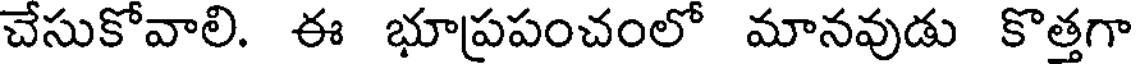
చేసుకోవాలి. ఈ భూప్రపంచంలో మానవుడు కొత్తగా